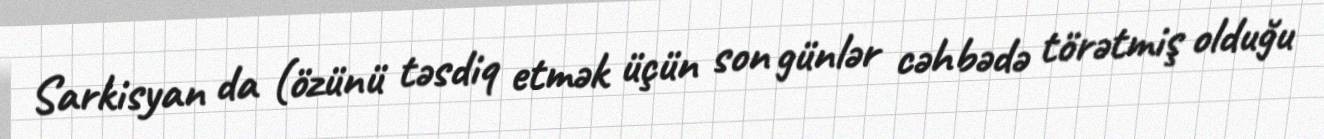
Sarkisyan da (özünü təsdiq etmək üçün son günlər cəhbədə törətmiş olduğu